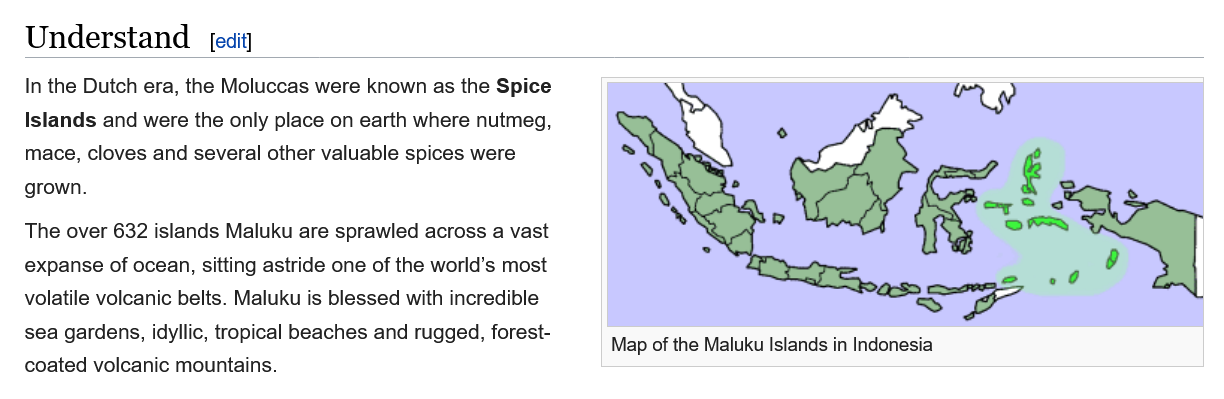
Understand    [edit
     neg
     °°
     Map of the Maluku Islands in Indonesia
   In the Dutch era, the Moluccas were known as the Spice
   Islands and were the only place on earth where nutmeg,
   mace, cloves and several other valuable spices were
   grown.
   The over 632 islands Maluku are sprawled across a vast
   expanse of ocean, sitting astride one of the world’s most
   volatile volcanic belts. Maluku is blessed with incredible
   sea gardens, idyllic, tropical beaches and rugged, forest-
   coated volcanic mountains.